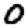
Digit: 0